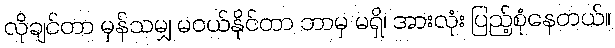
လိုချင်တာ မှန်သမျှ မဝယ်နိုင်တာ ဘာမှ မရှိ၊ အားလုံး ပြည့်စုံနေတယ်။